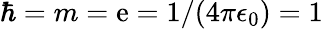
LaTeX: \hbar=m=\mathrm{e}=1/(4\pi\epsilon_{0})=1